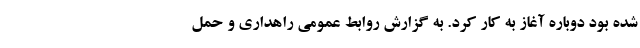
شده بود دوباره آغاز به کار کرد. به گزارش روابط عمومی راهداری و حمل